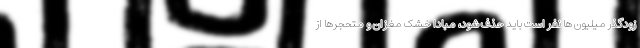
زودگذر میلیون ها نفر است باید حذف شود، مبادا خشک مغزان و متحجرها از